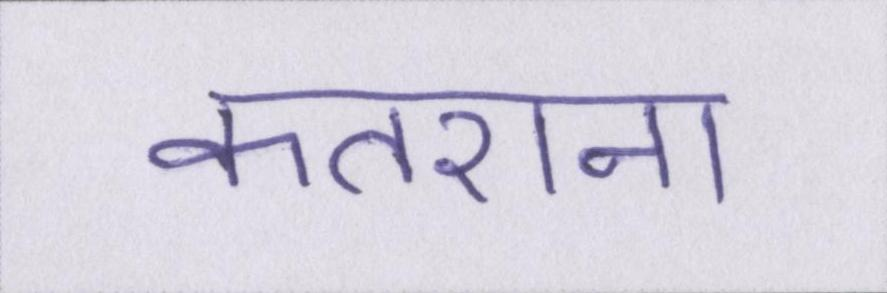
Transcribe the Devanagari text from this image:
कतराना